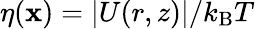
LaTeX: \eta(\mathbf{x})=|U(r,z)|/k_{\mathrm{B}}T